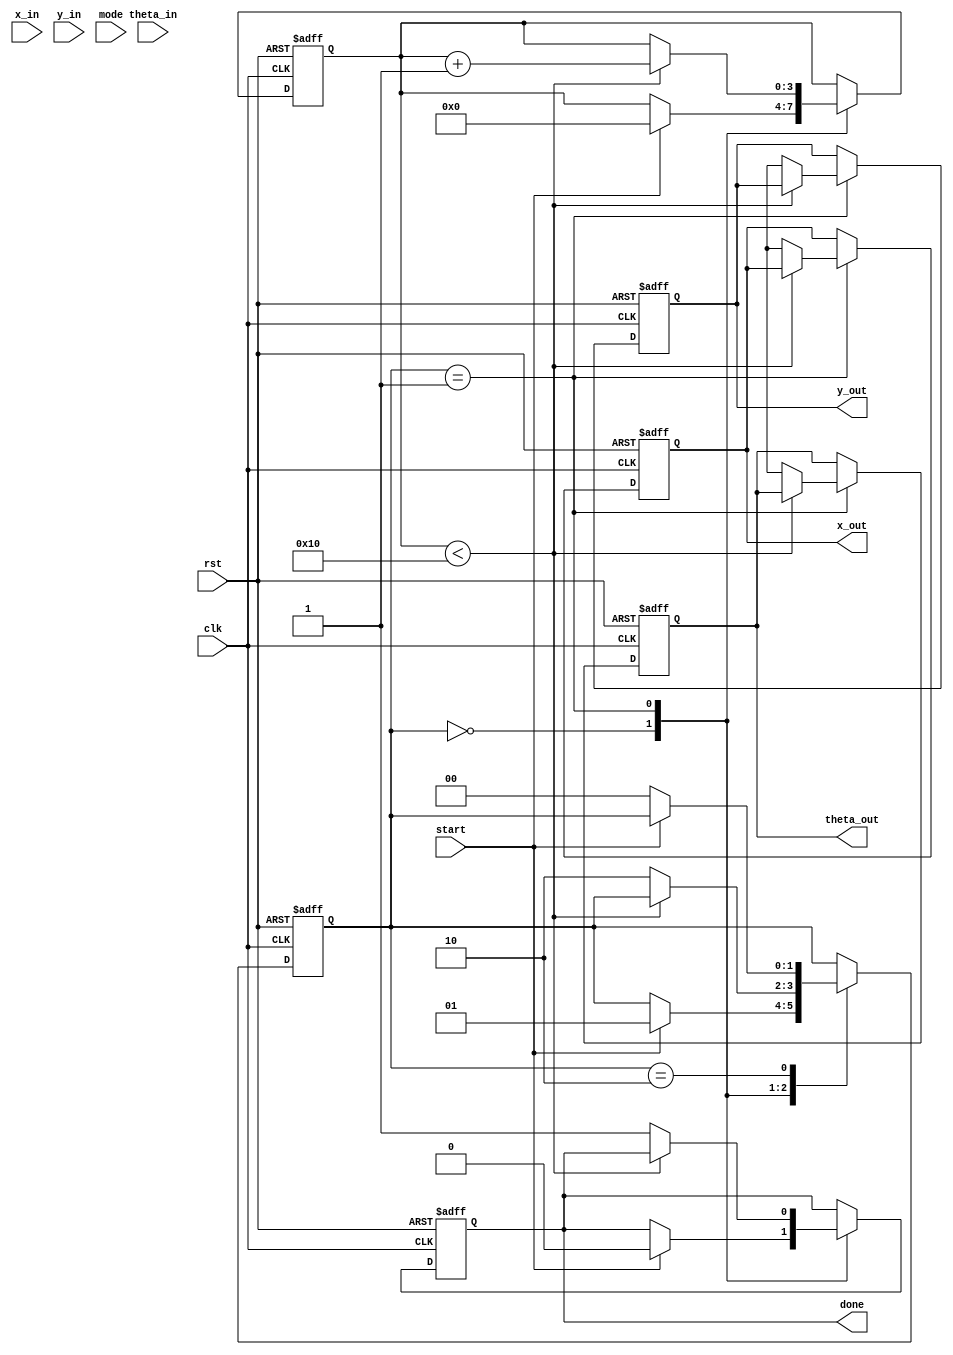
module unified_cordic (
    input wire clk,
    input wire rst,
    input wire [15:0] x_in,      // Input X
    input wire [15:0] y_in,      // Input Y
    input wire [15:0] theta_in,  // Input angle (in radians)
    input wire [1:0] mode,       // Operation mode: 00 - Rotation, 01 - Vectoring, 10 - Hyperbolic
    input wire start,             // Start signal
    output reg [15:0] x_out,     // Output X
    output reg [15:0] y_out,     // Output Y
    output reg [15:0] theta_out,  // Output angle
    output reg done               // Done signal
);

    // CORDIC parameters
    parameter NUM_STAGES = 16;
    reg [15:0] x [0:NUM_STAGES-1];
    reg [15:0] y [0:NUM_STAGES-1];
    reg [15:0] theta [0:NUM_STAGES-1];
    reg [15:0] angle_table [0:NUM_STAGES-1]; // Precomputed angles for rotation
    reg [15:0] gain; // CORDIC gain factor

    // Initialize angle table and gain
    initial begin
        angle_table[0] = 16'h2000; // atan(2^0)
        angle_table[1] = 16'h1000; // atan(2^-1)
        angle_table[2] = 16'h0800; // atan(2^-2)
        // ... Initialize other angles
        gain = 16'hBFFF; // Example gain factor
    end

    // Control logic
    reg [3:0] stage;
    reg [1:0] state; // 0: idle, 1: processing, 2: done

    always @(posedge clk or posedge rst) begin
        if (rst) begin
            state <= 0;
            stage <= 0;
            x_out <= 0;
            y_out <= 0;
            theta_out <= 0;
            done <= 0;
        end else begin
            case (state)
                0: begin // Idle state
                    if (start) begin
                        x[0] <= x_in;
                        y[0] <= y_in;
                        theta[0] <= theta_in;
                        stage <= 0;
                        state <= 1; // Move to processing
                        done <= 0;
                    end
                end
                1: begin // Processing state
                    if (stage < NUM_STAGES) begin
                        // CORDIC rotation or vectoring operation
                        case (mode)
                            2'b00: begin // Rotation mode
                                if (y[stage] < 0) begin
                                    x[stage + 1] <= x[stage] + (y[stage] >> stage);
                                    y[stage + 1] <= y[stage] + (x[stage] >> stage);
                                    theta[stage + 1] <= theta[stage] - angle_table[stage];
                                end else begin
                                    x[stage + 1] <= x[stage] - (y[stage] >> stage);
                                    y[stage + 1] <= y[stage] + (x[stage] >> stage);
                                    theta[stage + 1] <= theta[stage] + angle_table[stage];
                                end
                            end
                            2'b01: begin // Vectoring mode
                                // Vectoring operation logic
                                // Similar to rotation but adjusting to zero Y
                            end
                            2'b10: begin // Hyperbolic mode
                                // Hyperbolic operation logic
                            end
                        endcase
                        stage <= stage + 1;
                    end else begin
                        // Final output assignment
                        x_out <= x[NUM_STAGES];
                        y_out <= y[NUM_STAGES];
                        theta_out <= theta[NUM_STAGES];
                        done <= 1;
                        state <= 2; // Move to done state
                    end
                end
                2: begin // Done state
                    if (!start) begin
                        state <= 0; // Go back to idle
                    end
                end
            endcase
        end
    end

endmodule